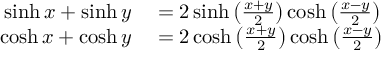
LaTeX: \begin{array} { r l } { \sinh x + \sinh y } & { { } = 2 \sinh \left( { \frac { x + y } { 2 } } \right) \cosh \left( { \frac { x - y } { 2 } } \right) } \\ { \cosh x + \cosh y } & { { } = 2 \cosh \left( { \frac { x + y } { 2 } } \right) \cosh \left( { \frac { x - y } { 2 } } \right) } \end{array}